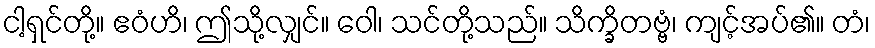
ငါ့ရှင်တို့။ ဧဝံဟိ၊ ဤသို့လျှင်။ ဝေါ၊ သင်တို့သည်။ သိက္ခိတဗ္ဗံ၊ ကျင့်အပ်၏။ တံ၊